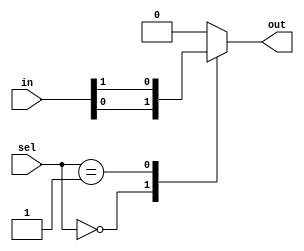
module mux_1024to1 (
    input [1023:0] in,
    input [9:0] sel,
    output reg out
);

always @ (*) begin
    case (sel)
        10'd0: out = in[0];
        10'd1: out = in[1];
        // Repeat for all 1024 input channels
        // Add more cases as needed
        default: out = 1'b0; // Default output value when control signal is out of range
    endcase
end

endmodule